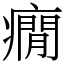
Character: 癇